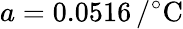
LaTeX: a=0.0516\mathrm{\, /^{\circ}C}